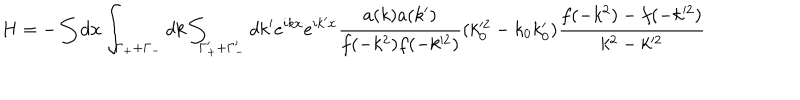
LaTeX: H = - \int d { \bf x } \int _ { \Gamma _ { + } + \Gamma _ { - } } d k \int _ { \Gamma _ { + } ^ { \prime } + \Gamma _ { - } ^ { \prime } } d k ^ { \prime } e ^ { i k x } e ^ { i k ^ { \prime } x } \frac { a ( k ) a ( k ^ { \prime } ) } { f ( - k ^ { 2 } ) f ( - k ^ { 2 } ) } ( k _ { 0 } ^ { 2 } - k _ { 0 } k _ { 0 } ^ { \prime } ) \frac { f ( - k ^ { 2 } ) - f ( - k ^ { 2 } ) } { k ^ { 2 } - k ^ { 2 } }